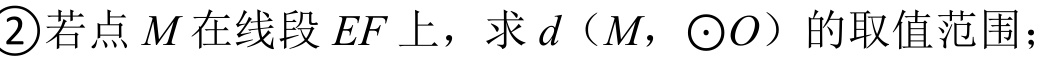
\textcircled{2} 若点\(M\)在线段\(EF\)上，求\(d（M,\odot O）\)的取值范围；